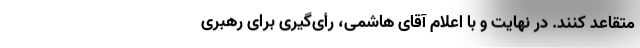
متقاعد کنند. در نهایت و با اعلام آقای هاشمی، رأی‌گیری برای رهبری